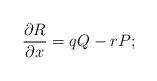
LaTeX: \begin{align*}{{\partial R} \over {\partial x}} = qQ - rP;\end{align*}